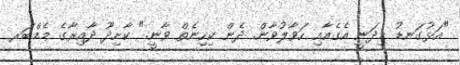
"އަޅުގަނޑު މިދަނީ އެގެއާއި ހަވާލުވާން. ދެން ކިހިނެތް ވާނީ." ކާށިދޫ ދާއިރާގެ މެމްބަރ